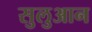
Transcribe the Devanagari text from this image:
सुलुआन